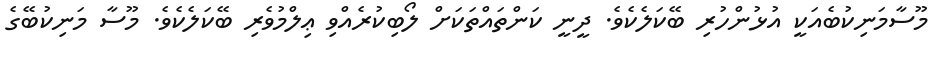
މޫސާމަނިކުބެއަކީ އުޅުންހުރި ބޭކަލެކެވެ. ދީނީ ކަންތައްތަކަށް ލޯބިކުރެއްވި ޢިލްމުވެރި ބޭކަލެކެވެ. މޫސާ މަނިކުބޭގެ